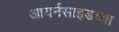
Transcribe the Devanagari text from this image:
आयर्नसाइडच्या